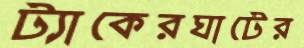
ট্যাকেরঘাটের